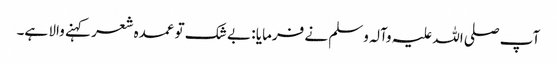
آپ صلی اللہ علیہ وآلہ وسلم نے فرمایا : بے شک تو عمدہ شعر کہنے والا ہے۔